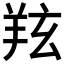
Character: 𦍫